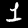
Digit: 1